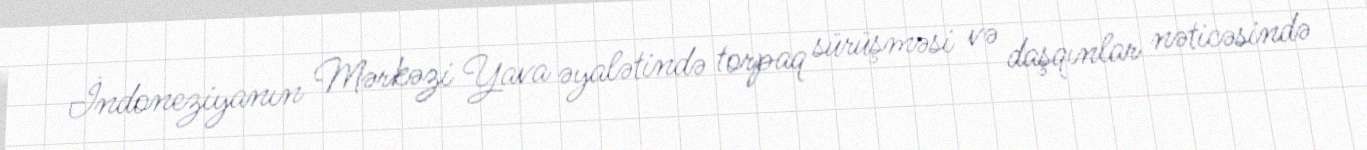
İndoneziyanın Mərkəzi Yava əyalətində torpaq sürüşməsi və daşqınlar nəticəsində